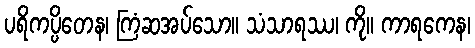
ပရိကပ္ပိတေန၊ ကြံဆအပ်သော။ သံသာရဿ၊ ကို။ ကာရကေန၊